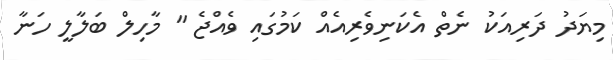
މިޔަދު ދަރިއަކު ނެތް އެކަނިވެރިއެއް ކަމުގައި ވެއްޖެ " މާހިލް ބަލާލީ ހަނާ